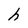
Character: h